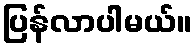
ပြန်လာပါမယ်။